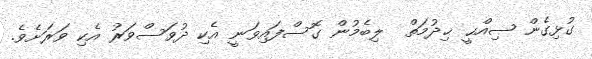
ގުޅިގެން ޞިއްޙީ ޚިދުމަތް  ލިބެމުން ގޮސްފައިވަނީ އެކި ދުވަސްވަރު އެކި ވަރަށެވެ.